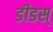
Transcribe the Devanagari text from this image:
डीडस्